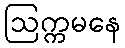
ဩက္ကမနေ